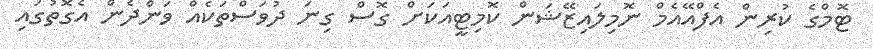
ޓޮމްގެ ކުރިން އެފްއޭއެމް ނޮމިލައިޒޭޝަން ކޮމިޓީއަކަށް ގޮސް ގިނަ ދުވަސްތަކެއް ވަންދެން އެގޮތުގައި